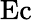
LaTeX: \mathrm{Ec}